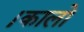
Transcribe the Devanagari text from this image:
।कालो